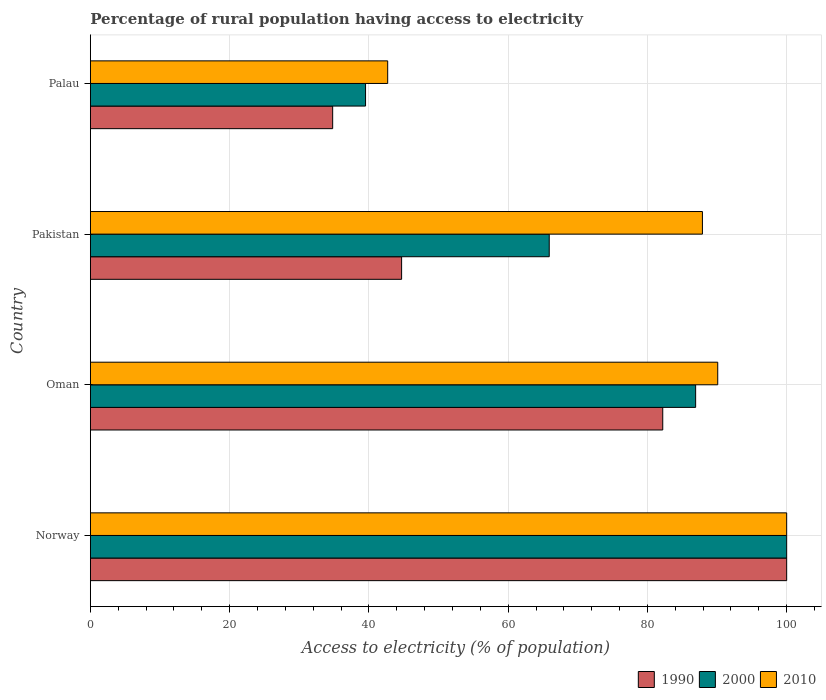
| Country | 1990 | 2000 | 2010 |
 | --- | --- | --- | --- |
 | Norway | 100 | 100 | 100 |
 | Oman | 82.2 | 86.9 | 90.1 |
 | Pakistan | 44.7 | 65.9 | 87.9 |
 | Palau | 34.8 | 39.5 | 42.7 |